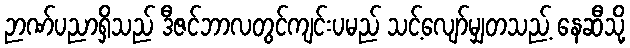
ဉာဏ်ပညာရှိသည် ဒီဇင်ဘာလတွင်ကျင်းပမည် သင့်လျော်မျှတသည့် နေဆီသို့